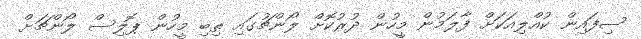
ސިފައިން ކުއްލިއަކަށް ފާލަމުން މީހުން ދުރުކޮށް ލޯންޗުގައި ތިބި މީހުން ޕޮލިސް ލޯންޗަށް